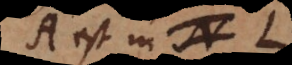
A est in N L,